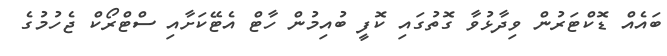
ބައެއް ޑޮކްޓަރުން ވިދާޅުވާ ގޮތުގައި ކޮފީ ބުއިމުން ހާޓް އެޓޭކަށާއި ސްޓްރޯކް ޖެހުމުގެ